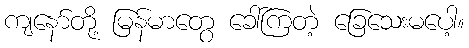
ကျနော်တို့ မြန်မာတွေ ခေါ်ကြတဲ့ ခြေသေးမပေါ့။